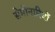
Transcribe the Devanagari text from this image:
सेमीनारियों